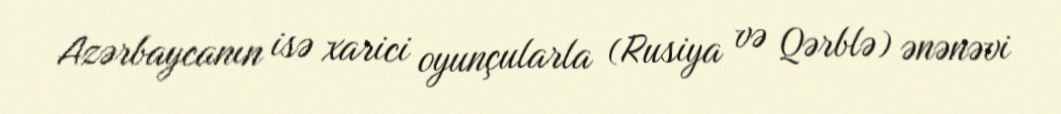
Azərbaycanın isə xarici oyunçularla (Rusiya və Qərblə) ənənəvi